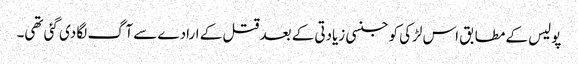
پولیس کے مطابق اس لڑکی کو جنسی زیادتی کے بعد قتل کے ارادے سے آگ لگا دی گئی تھی۔